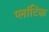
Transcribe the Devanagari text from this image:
प्लांटिक